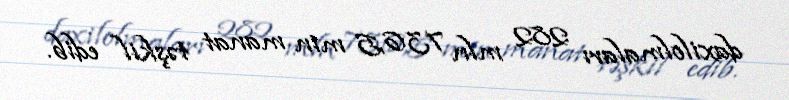
daxilolmaları 282 mln 736,5 min manat təşkil edib.